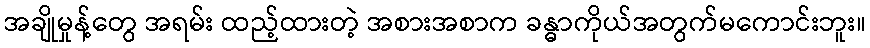
အချိုမှုန့်တွေ အရမ်း ထည့်ထားတဲ့ အစားအစာက ခန္ဓာကိုယ်အတွက်မကောင်းဘူး။